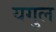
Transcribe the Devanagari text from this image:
यगुल